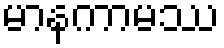
မာနကာမဿ